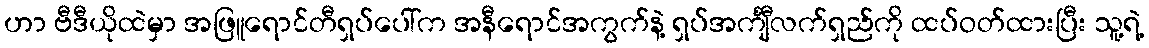
ဟာ ဗီဒီယိုထဲမှာ အဖြူရောင်တီရှပ်ပေါ်က အနီရောင်အကွက်နဲ့ ရှပ်အင်္ကျီလက်ရှည်ကို ထပ်ဝတ်ထားပြီး သူ့ရဲ့